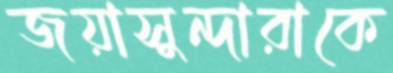
জয়াসুন্দারাকে